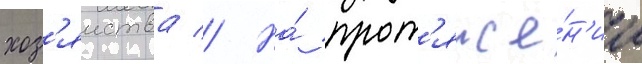
хоз'яиства // На́ прот'яже́н'ии